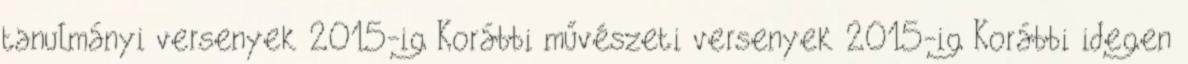
tanulmányi versenyek 2015-ig Korábbi művészeti versenyek 2015-ig Korábbi idegen